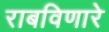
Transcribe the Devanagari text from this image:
राबविणारे